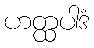
ဟတ္ထပါဒံ